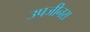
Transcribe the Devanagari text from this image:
उपजीनस